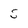
Character: S